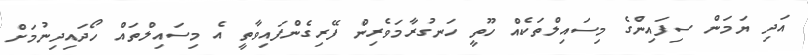
އަދި ޔަމަން ސިފައިންގެ މިސައިލްތަކެއް ހޫތީ ހަނގުރާމަވެރިން ފޭރިގެންފައިވާތީ އެ މިސައިލްތައް ހޯދައިދިނުމަށް